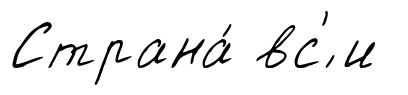
Страна́ вс'́ и